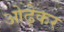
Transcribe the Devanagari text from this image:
ओढ़ेकर